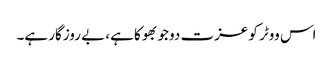
اس ووٹر کو عزت دو جو بھوکا ہے، بے روزگار ہے۔